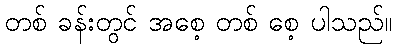
တစ် ခန်းတွင် အစေ့ တစ် စေ့ ပါသည်။